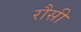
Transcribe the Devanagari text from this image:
रौसी